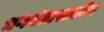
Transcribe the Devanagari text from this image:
भगवंतासाठीच